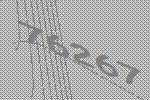
76267